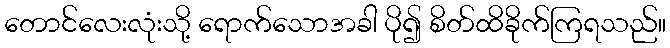
တောင်လေးလုံးသို့ ရောက်သောအခါ ပို၍ စိတ်ထိခိုက်ကြရသည်။